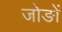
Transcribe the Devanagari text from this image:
जोङों